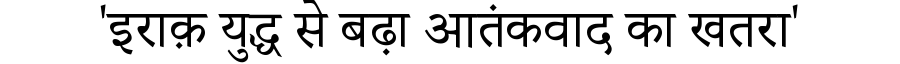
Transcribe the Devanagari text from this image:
'इराक़ युद्ध से बढ़ा आतंकवाद का खतरा'